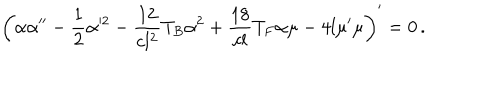
\left( \alpha \alpha ^ { \prime \prime } - \frac 1 2 \alpha ^ { 2 } - \frac { 1 2 } { c l ^ { 2 } } T _ { B } \alpha ^ { 2 } + \frac { 1 8 } { c l } T _ { F } \alpha \mu - 4 l \mu ^ { \prime } \mu \right) ^ { \prime } = 0 \, .